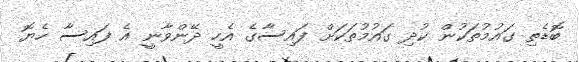
ބޮޑެތި ގައުމުތަކުން ކުދި ގައުމުތަކަށް ފައިސާގެ އެހީ ދޭންވާނީ އެ ފައިސާ ހެޔޮ